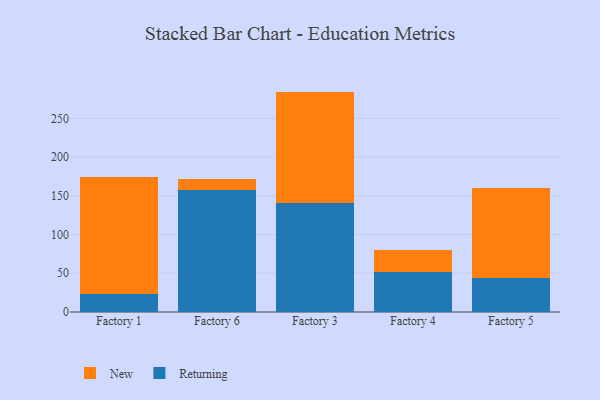
{"axis": {"x": "Factory", "y": "Customer Acquisition Cost (USD)"}, "legend": ["New", "Returning"], "data": [{"x": "Factory 1", "y": 23.0, "type": "Returning"}, {"x": "Factory 1", "y": 151.5, "type": "New"}, {"x": "Factory 6", "y": 157.7, "type": "Returning"}, {"x": "Factory 6", "y": 14.0, "type": "New"}, {"x": "Factory 3", "y": 141.3, "type": "Returning"}, {"x": "Factory 3", "y": 143.3, "type": "New"}, {"x": "Factory 4", "y": 51.3, "type": "Returning"}, {"x": "Factory 4", "y": 28.4, "type": "New"}, {"x": "Factory 5", "y": 44.0, "type": "Returning"}, {"x": "Factory 5", "y": 116.0, "type": "New"}]}